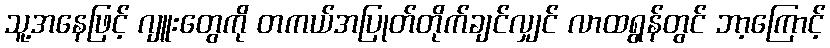
သူ့အနေဖြင့် ဂျူးတွေကို တကယ်အပြုတ်တိုက်ချင်လျှင် လာထရွန်တွင် ဘာ့ကြောင့်